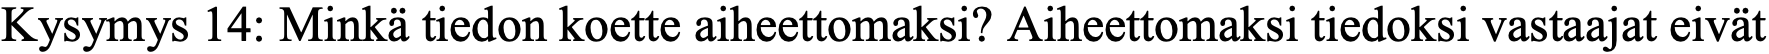
Kysymys 14: Minkä tiedon koette aiheettomaksi? Aiheettomaksi tiedoksi vastaajat eivät